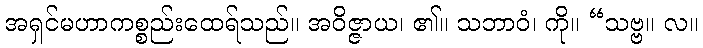
အရှင်မဟာကစ္စည်းထေရ်သည်။ အဝိဇ္ဇာယ၊ ၏။ သဘာဝံ၊ ကို။ “သဗ္ဗ။ လ။